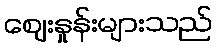
ဈေးနှုန်းများသည်